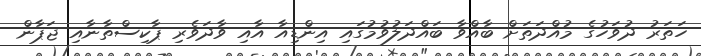
ހަތަރު ދުވަހުގެ މުއްދަތަށް ބާއްވާ ބައްދަލުވުމުގައި އިންޑިއާ އާއި ވާދަވެރި ޕާކިސްތާނާއި ޖަޕާން